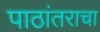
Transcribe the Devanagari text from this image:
पाठांतराचा